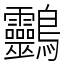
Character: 䴒